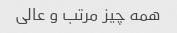
همه چیز مرتب و عالی